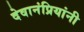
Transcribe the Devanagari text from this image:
देवानंप्रियांनी